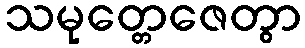
သမုတ္တေဇေတွာ